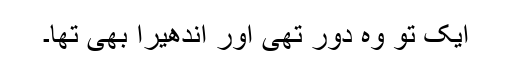
ایک تو وہ دور تھی اور اندھیرا بھی تھا۔